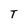
Character: T